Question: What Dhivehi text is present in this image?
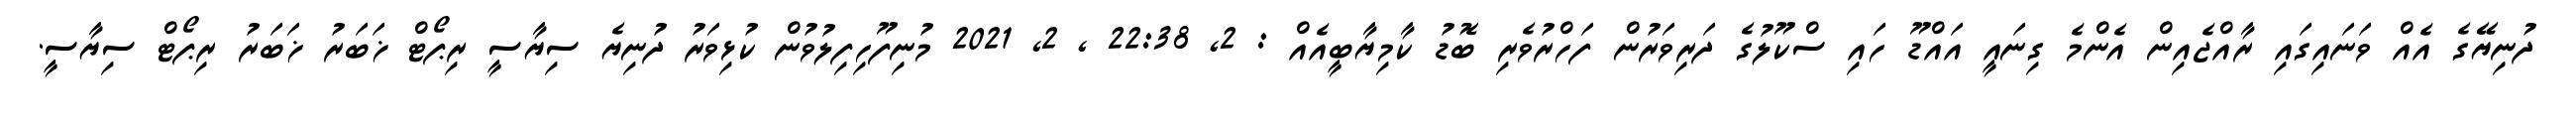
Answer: ދުނިޔޭގެ އެއް ވަނައިގައި ރާއްޖެއިން އެންމެ ގިނައީ އައްޑޫ ހައި ސްކޫލުގެ ދަރިވަރުން ފަހްރުވެރި ބޮޑު ކާމިޔާބީއެއް : 2, 22:38 , 2, 2021 މުނިފޫހިފިލުވުން ކުޅިވަރު ދުނިޔެ ސިޔާސީ ރިޕޯޓް ޚަބަރު ޚަބަރު ރިޕޯޓް ސިޔާސީ.